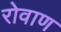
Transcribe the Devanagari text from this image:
रोवाण